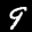
Label: 9